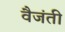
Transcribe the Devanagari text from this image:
वैजंती